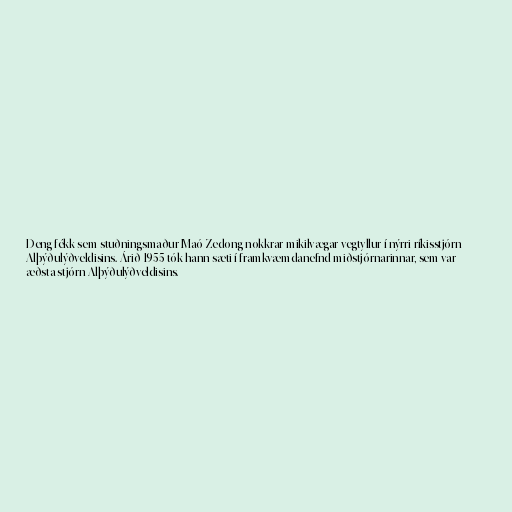
Deng fékk sem stuðningsmaður Maó Zedong nokkrar mikilvægar vegtyllur í nýrri ríkisstjórn
Alþýðulýðveldisins. Árið 1955 tók hann sæti í framkvæmdanefnd miðstjórnarinnar, sem var
æðsta stjórn Alþýðulýðveldisins.